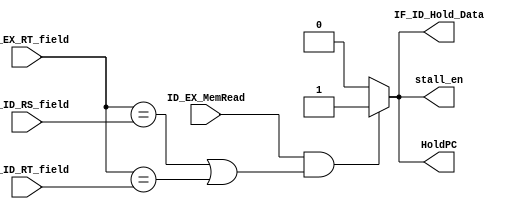
module Load_Use_Hazard_Detection
(
	input wire 		 ID_EX_MemRead,
	input wire [4:0] ID_EX_RT_field,
	input wire [4:0] IF_ID_RS_field,
	input wire [4:0] IF_ID_RT_field,
	output reg 		 IF_ID_Hold_Data,
	output reg 		 HoldPC,
	output reg 		 stall_en
);


	always @(*) begin
		
		IF_ID_Hold_Data = 0;
		HoldPC 			= 0;
		stall_en 		= 0;
		
		if (ID_EX_MemRead && ((ID_EX_RT_field == IF_ID_RS_field) || (ID_EX_RT_field == IF_ID_RT_field))) begin
			IF_ID_Hold_Data = 1;
			HoldPC 			= 1;
			stall_en 		= 1;
		end
		else begin
			IF_ID_Hold_Data = 0;
			HoldPC 			= 0;
			stall_en 		= 0;
		end
	end

endmodule